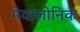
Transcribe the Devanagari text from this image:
मेवालोनिक